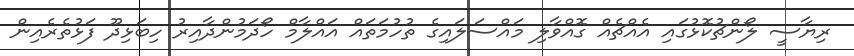
ރިޔާސީ ލޯންޗުކޮޅުގައި އެއްޗެއް ގޮއްވާލި މައްސަލައިގެ ތުހުމަތައް އައްލާމް ހޯދަމުންދާއިރު ހިބަޅިދޫ ފަޅުތެރެއިން